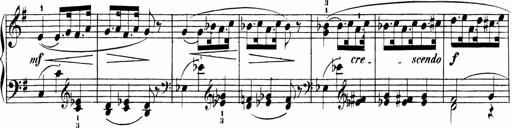
Title: Sonatinas
Composer: Andrew Violette